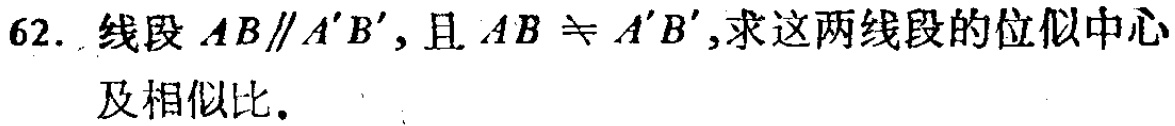
62. 线段 \(AB\parallel A'B'\)，且 \(AB\neq A'B'\)，求这两线段的位似中心及相似比。